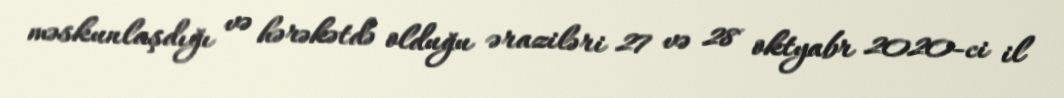
məskunlaşdığı və hərəkətdə olduğu əraziləri 27 və 28 oktyabr 2020-ci il